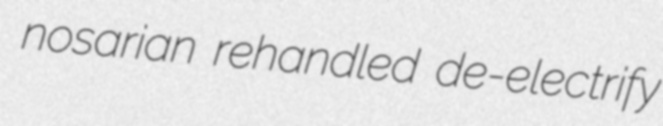
nosarian rehandled de-electrify